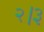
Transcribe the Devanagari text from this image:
२।३